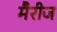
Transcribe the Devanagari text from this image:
मैरीज